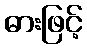
ဓားဖြင့်